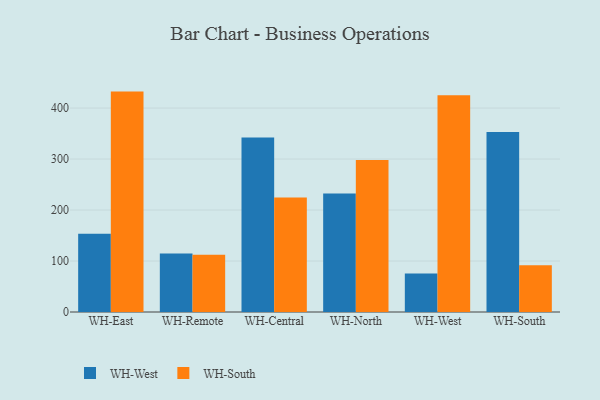
{"axis": {"x": "Warehouse", "y": "Budget (USD K)"}, "legend": ["WH-South", "WH-West"], "data": [{"x": "WH-East", "y": 153.4, "type": "WH-West"}, {"x": "WH-East", "y": 432.3, "type": "WH-South"}, {"x": "WH-Remote", "y": 114.5, "type": "WH-West"}, {"x": "WH-Remote", "y": 112.1, "type": "WH-South"}, {"x": "WH-Central", "y": 342.5, "type": "WH-West"}, {"x": "WH-Central", "y": 224.7, "type": "WH-South"}, {"x": "WH-North", "y": 232.3, "type": "WH-West"}, {"x": "WH-North", "y": 298.1, "type": "WH-South"}, {"x": "WH-West", "y": 75.5, "type": "WH-West"}, {"x": "WH-West", "y": 424.9, "type": "WH-South"}, {"x": "WH-South", "y": 353.2, "type": "WH-West"}, {"x": "WH-South", "y": 91.5, "type": "WH-South"}]}